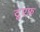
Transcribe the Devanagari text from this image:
टूएफ़